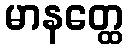
မာနတ္ထေ